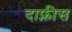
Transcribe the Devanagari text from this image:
दाफ्नीस